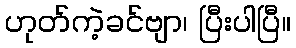
ဟုတ်ကဲ့ခင်ဗျာ၊ ပြီးပါပြီ။